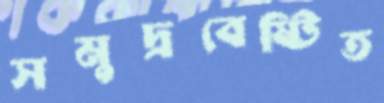
সমুদ্রবেষ্টিত